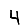
Digit: 4